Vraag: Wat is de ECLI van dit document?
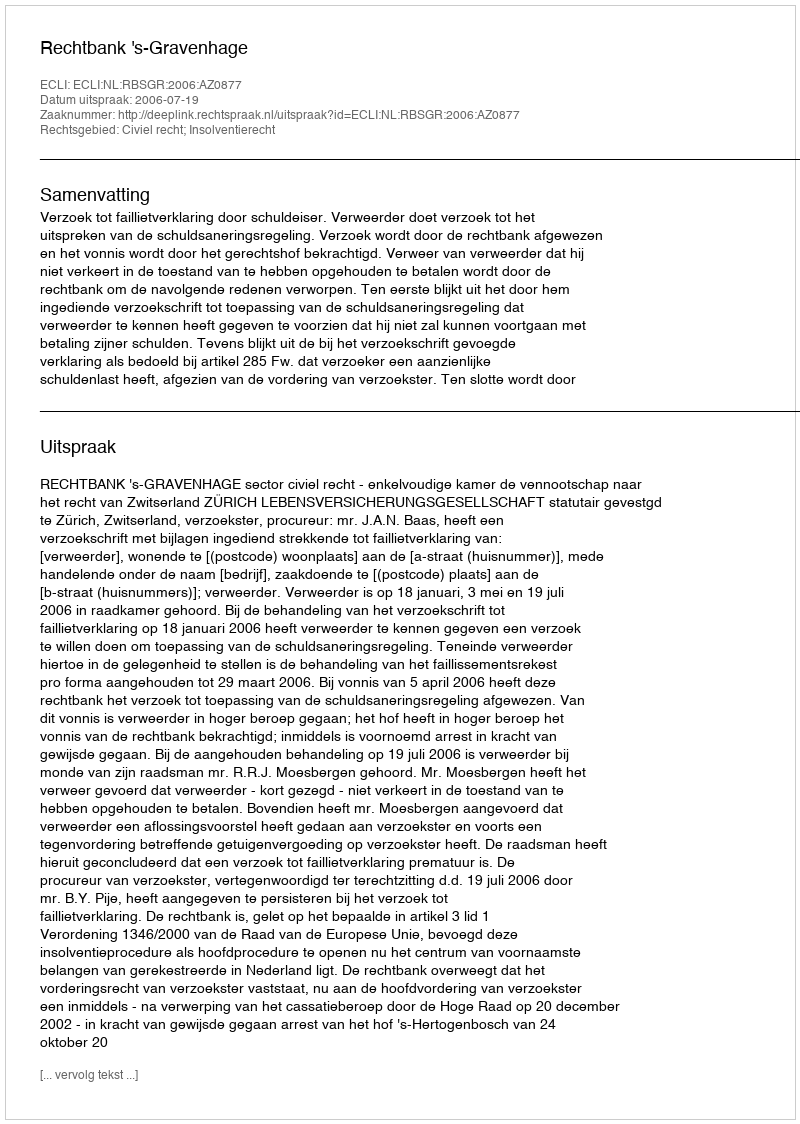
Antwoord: ECLI:NL:RBSGR:2006:AZ0877